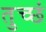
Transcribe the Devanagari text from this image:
तुच्छं